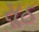
સૂઠ